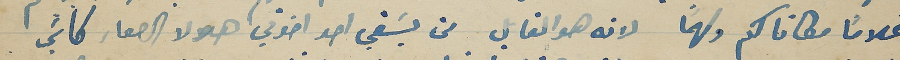
غلامًاً مكاناكم ولهماً لانه هو القايل من يسَقي احد اخوتي هولا الصغار كأسَي